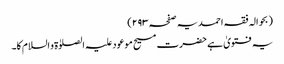
(بحوالہ فقہ احمدیہ صفحہ ۲۹۳)
یہ فتویٰ ہے حضرت مسیح موعود علیہ الصلوٰۃ و السلام کا۔